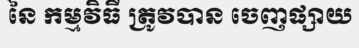
នៃ កម្មវិធី ត្រូវបាន ចេញផ្សាយ